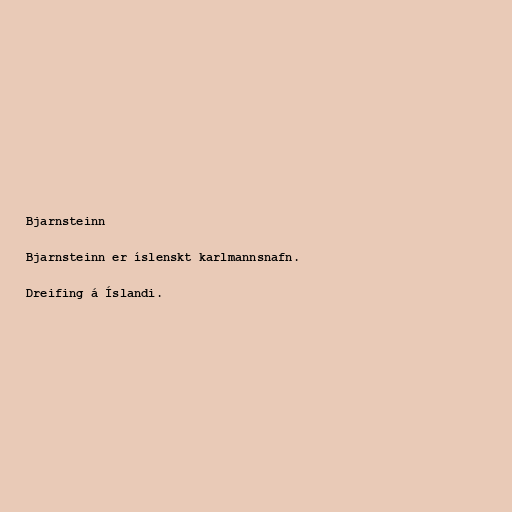
Bjarnsteinn

Bjarnsteinn er íslenskt karlmannsnafn.

Dreifing á Íslandi.